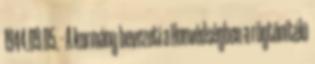
1944.09.05. - A kormány bevezeti a Honvédségben a rögtönítélõ